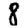
Digit: 8